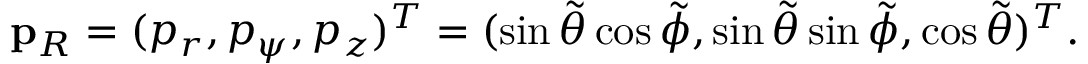
\mathbf { p } _ { R } = ( p _ { r } , p _ { \psi } , p _ { z } ) ^ { T } = ( \sin { \tilde { \theta } } \cos { \tilde { \phi } } , \sin { \tilde { \theta } \sin { \tilde { \phi } } } , \cos { \tilde { \theta } } ) ^ { T } .